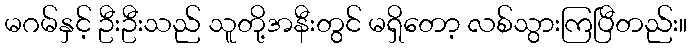
မဂမ်နှင့် ဦးဦးသည် သူတို့အနီးတွင် မရှိတော့ လစ်သွားကြပြီတည်း။